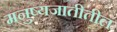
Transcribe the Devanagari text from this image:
मनुष्यजातीतील